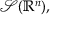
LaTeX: { \mathcal { S } } ( \mathbb { R } ^ { n } ) ,